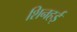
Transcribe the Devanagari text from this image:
शिनहई